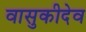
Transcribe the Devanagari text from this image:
वासुकीदेव